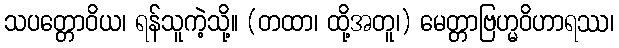
သပတ္တောဝိယ၊ ရန်သူကဲ့သို့။ (တထာ၊ ထို့အတူ၊) မေတ္တာဗြဟ္မဝိဟာရဿ၊